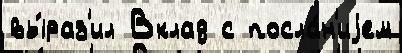
вы́раз'ил Вклад с посла́н'иjем